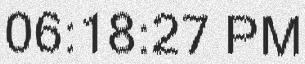
06:18:27 PM